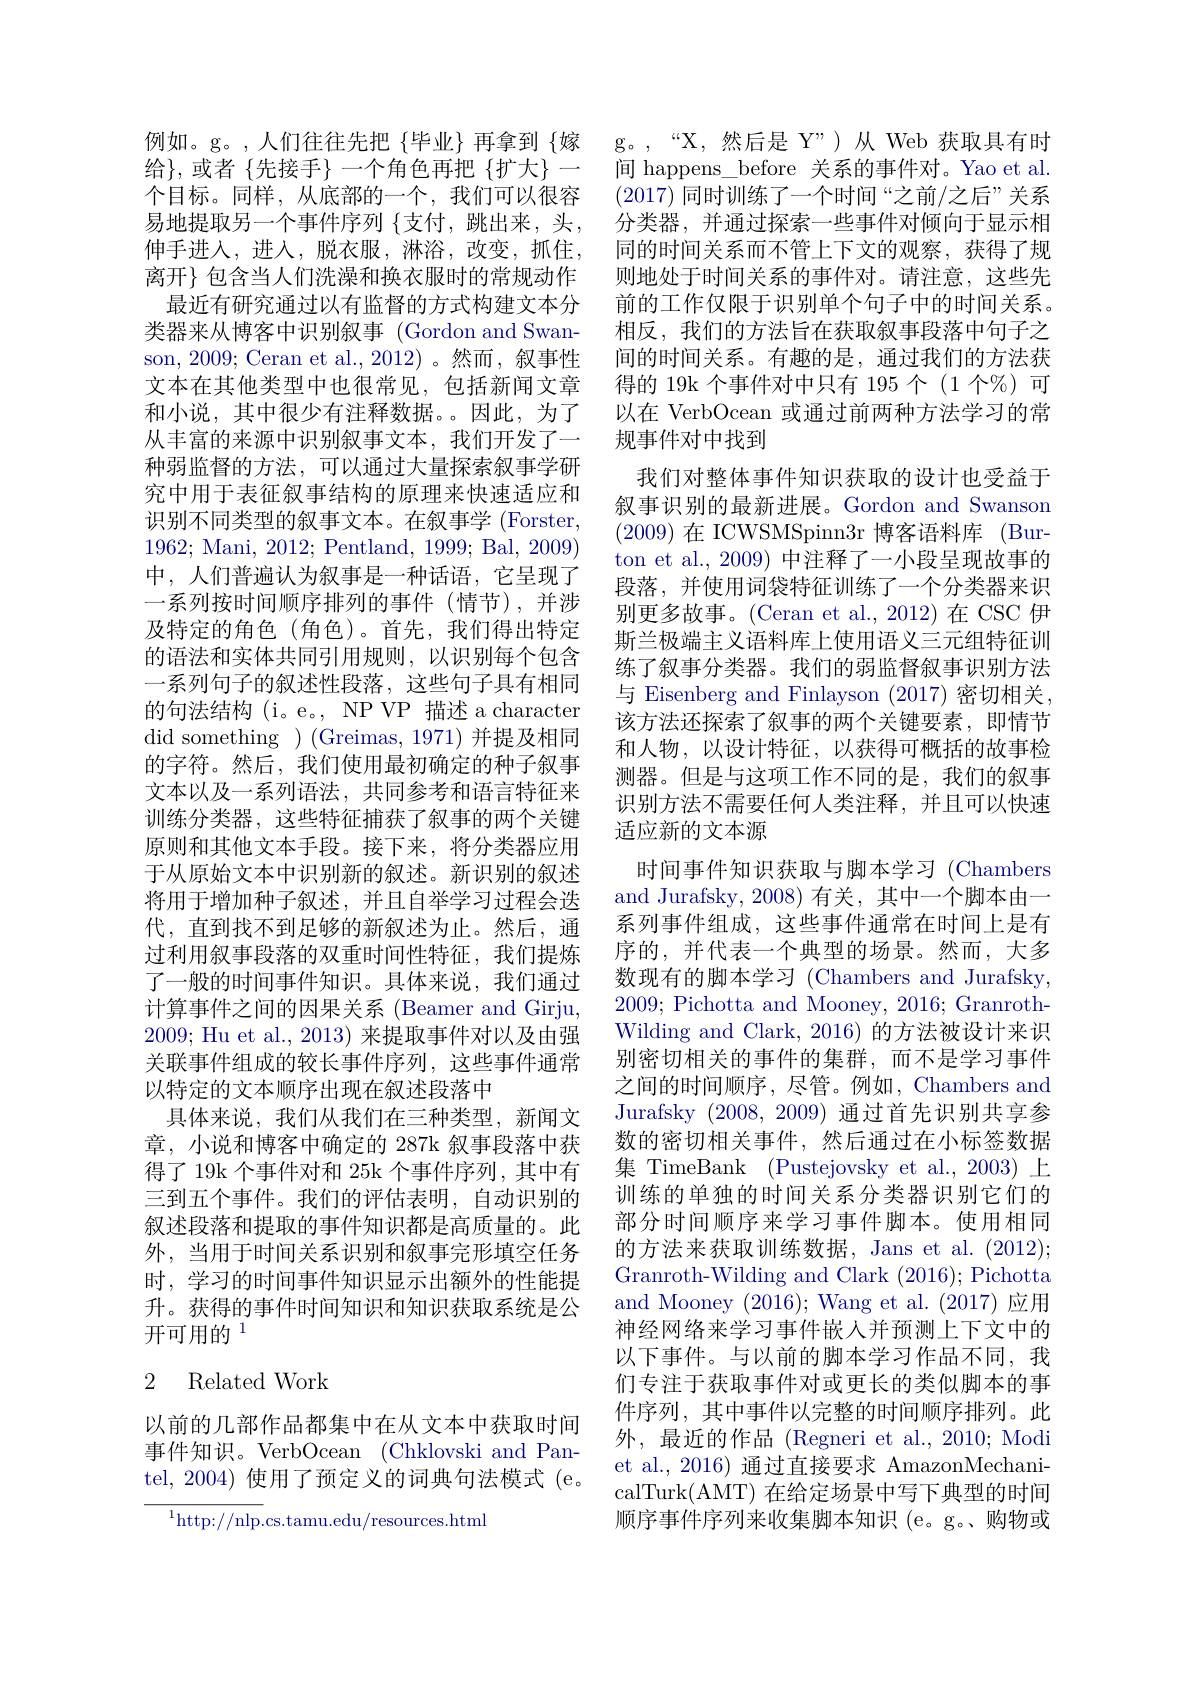
例如。g。,人们往往先把 {毕业} 再拿到 {嫁给$\}$,或者$\left\{\text{先接手}\right\}$一个角色再把{扩大}- 个目标。同样，从底部的一个，我们可以很容易地提取另一个事件序列 $\{$支付，跳出来，头， 伸手进入，进入，脱衣服，淋浴，改变，抓住， 离开$\}$ 包含当人们洗澡和换衣服时的常规动作
最近有研究通过以有监督的方式构建文本分类器来从博客中识别叙事 (Gordon and Swanson, 2009; Ceran et al., 2012)。然而，叙事性文本在其他类型中也很常见，包括新闻文章和小说，其中很少有注释数据。因此，为了从丰富的来源中识别叙事文本，我们开发了一种弱监督的方法，可以通过大量探索叙事学研究中用于表征叙事结构的原理来快速适应和识别不同类型的叙事文本。在叙事学 (Forster, 1962; Mani, 2012; Pentland, 1999; Bal, 2009) 中，人们普遍认为叙事是一种话语，它呈现了一系列按时间顺序排列的事件(情节),并涉及特定的角色(角色)。首先，我们得出特定的语法和实体共同引用规则，以识别每个包含一系列句子的叙述性段落，这些句子具有相同的句法结构 (i。e。, NP VP 描述 a character did something )(Greimas,1971)并提及相同的字符。然后，我们使用最初确定的种子叙事文本以及一系列语法，共同参考和语言特征来训练分类器，这些特征捕获了叙事的两个关键原则和其他文本手段。接下来，将分类器应用于从原始文本中识别新的叙述。新识别的叙述将用于增加种子叙述，并且自举学习过程会迭代，直到找不到足够的新叙述为止。然后，通过利用叙事段落的双重时间性特征，我们提炼了一般的时间事件知识。具体来说，我们通过计算事件之间的因果关系 (Beamer and Girju, 2009; Hu et al., 2013) 来提取事件对以及由强关联事件组成的较长事件序列，这些事件通常以特定的文本顺序出现在叙述段落中
具体来说，我们从我们在三种类型，新闻文章，小说和博客中确定的 287k 叙事段落中获得了 19k 个事件对和 25k 个事件序列，其中有三到五个事件。我们的评估表明，自动识别的叙述段落和提取的事件知识都是高质量的。此外，当用于时间关系识别和叙事完形填空任务时，学习的时间事件知识显示出额外的性能提升。获得的事件时间知识和知识获取系统是公开可用的$^{1}$

## 2 Related Work

以前的几部作品都集中在从文本中获取时间事件知识。VerbOcean (Chklovski and Pantel, 2004) 使用了预定义的词典句法模式 (e。

$^{1}$http://nlp.cs.tamu.edu/resources.html

g。,“X,然后是 Y”)从 Web 获取具有时间 happens\_before 关系的事件对。Yao et al. (2017)同时训练了一个时间“之前/之后”关系分类器，并通过探索一些事件对倾向于显示相同的时间关系而不管上下文的观察，获得了规则地处于时间关系的事件对。请注意，这些先前的工作仅限于识别单个句子中的时间关系。相反，我们的方法旨在获取叙事段落中句子之间的时间关系。有趣的是，通过我们的方法获得的 19k 个事件对中只有 195 个 (1 个$\mathscr{V}_0)$ 可以在 VerbOcean 或通过前两种方法学习的常规事件对中找到
我们对整体事件知识获取的设计也受益于叙事识别的最新进展。Gordon and Swanson (2009)在 ICWSMSpinn3r 博客语料库 (Burton et al., 2009) 中注释了一小段呈现故事的段落，并使用词袋特征训练了一个分类器来识别更多故事。(Ceran et al., 2012) 在 CSC 伊斯兰极端主义语料库上使用语义三元组特征训练了叙事分类器。我们的弱监督叙事识别方法与 Eisenberg and Finlayson (2017)密切相关， 该方法还探索了叙事的两个关键要素，即情节和人物，以设计特征，以获得可概括的故事检测器。但是与这项工作不同的是，我们的叙事识别方法不需要任何人类注释，并且可以快速适应新的文本源
时间事件知识获取与脚本学习 (Chambers and Jurafsky, 2008) 有关，其中一个脚本由一系列事件组成，这些事件通常在时间上是有序的，并代表一个典型的场景。然而，大多数现有的脚本学习 (Chambers and Jurafsky, 2009; Pichotta and Mooney, 2016; GranrothWilding and Clark, 2016) 的方法被设计来识别密切相关的事件的集群，而不是学习事件之间的时间顺序，尽管。例如，Chambers and Jurafsky (2008,2009)通过首先识别共享参数的密切相关事件，然后通过在小标签数据集 TimeBank (Pustejovsky et al.,2003) 上训练的单独的时间关系分类器识别它们的部分时间顺序来学习事件脚本。使用相同的方法来获取训练数据，Jans et al. (2012); Granroth-Wilding and Clark (2016);Pichotta and Mooney (2016);Wang et al.(2017)应用神经网络来学习事件嵌入并预测上下文中的以下事件。与以前的脚本学习作品不同，我们专注于获取事件对或更长的类似脚本的事件序列，其中事件以完整的时间顺序排列。此外，最近的作品 (Regneri et al., 2010; Modi et al., 2016) 通过直接要求 AmazonMechanicalTurk(AMT) 在给定场景中写下典型的时间顺序事件序列来收集脚本知识 (e。g。购物或